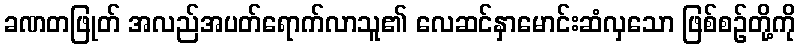
ခဏတဖြုတ် အလည်အပတ်ရောက်လာသူ၏ လေဆင်နှာမောင်းဆံလှသော ဖြစ်စဉ်တို့ကို